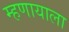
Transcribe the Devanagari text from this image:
म्हणायाला